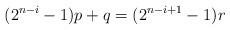
LaTeX: \begin{align*} (2^{n-i}-1)p + q = (2^{n-i+1}-1)r \end{align*}